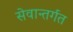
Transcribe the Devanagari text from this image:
सेवान्तर्गत